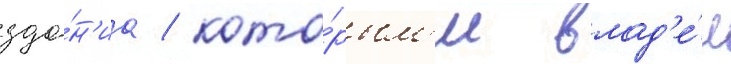
зда́н'иа / кото́рым'и влад'е́л